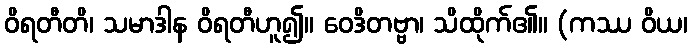
ဝိရတီတိ၊ သမာဒါန ဝိရတီဟူ၍။ ဝေဒိတဗ္ဗာ၊ သိထိုက်၏။ (ကဿ ဝိယ၊